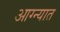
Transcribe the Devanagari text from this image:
आग्न्यात